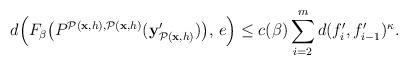
LaTeX: \begin{align*} d\Big(F_\beta\big(P^{\mathcal{P}(\textbf{x}, h),\mathcal{P}(\textbf{x}, h)}(\textbf{y}'_{\mathcal{P}(\textbf{x}, h)})\big),\,e\Big)\leq c(\beta)\sum_{i=2}^md(f_i',f'_{i-1})^\kappa.\end{align*}